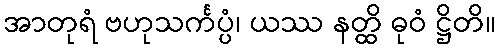
အာတုရံ ဗဟုသင်္ကပ္ပံ၊ ယဿ နတ္ထိ ဓုဝံ ဋ္ဌိတိ။